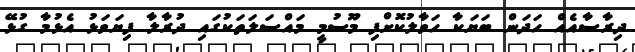
ދިރާސާއެއް ހަދަން ބަޔަކާ ހަވާލުކޮށްފި މޫސުމީ މައްސަލަތަކުގައި ދުރާލާ ފިޔަވަޅު އެޅުމާ ގުޅޭ